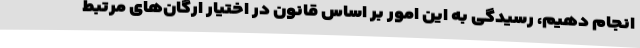
انجام دهیم، رسیدگی به این امور بر اساس قانون در اختیار ارگان‌های مرتبط